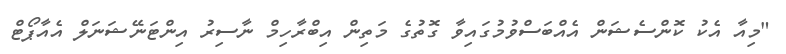
"މިއާ އެކު ކޮންސެޝަން އެއްބަސްވުމުގައިވާ ގޮތުގެ މަތިން އިބްރާހިމް ނާސިރު އިންޓަނޭޝަނަލް އެއާޕޯޓް